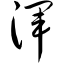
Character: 浑